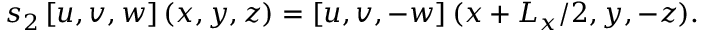
s _ { 2 } \left[ u , v , w \right] ( x , y , z ) = \left[ u , v , - w \right] ( x + L _ { x } / 2 , y , - z ) .